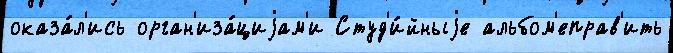
оказа́л'ись орган'иза́циjам'и Студ'и́йныjе альбом'еправ'ить